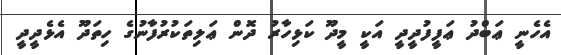
އެހެނީ ޢަބްދު ޢަފީފުދީދީ އަކީ މީދޫ ކަޅިހާރު ދޮން ޢަލިތަކުރުފާނުގެ ހިތަދޫ އެޅެދީދީ